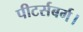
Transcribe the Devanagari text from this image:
पीटर्सबर्ग।